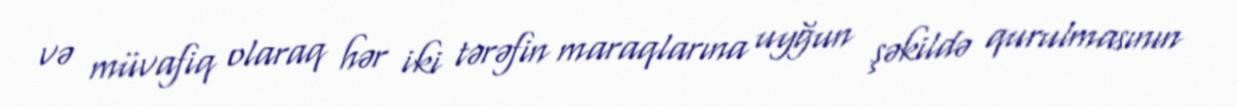
və müvafiq olaraq hər iki tərəfin maraqlarına uyğun şəkildə qurulmasının